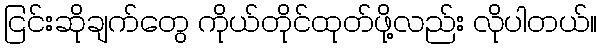
ငြင်းဆိုချက်တွေ ကိုယ်တိုင်ထုတ်ဖို့လည်း လိုပါတယ်။